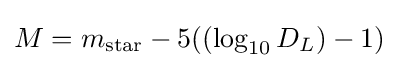
M=m_{\rm {star}}-5((\log _{10}{D_{L}})-1)\!